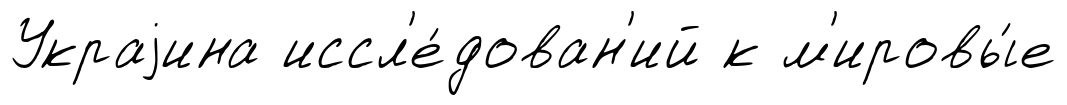
Украjина иссл'е́дован'ий к м'ировы́е